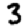
Digit: 3